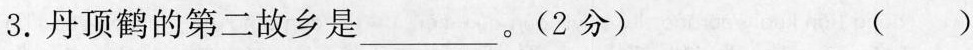
3.丹顶鹤的第二故乡是___。(2分) ( )